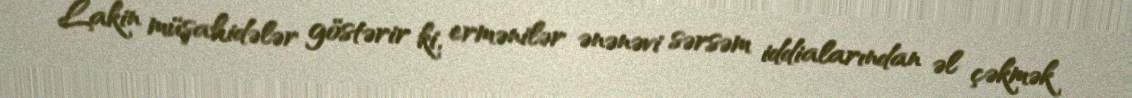
Lakin müşahidələr göstərir ki, ermənilər ənənəvi sərsəm iddialarından əl çəkmək